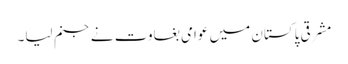
مشرقی پاکستان میں عوامی بغاوت نے جنم لیا۔